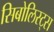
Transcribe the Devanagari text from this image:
सिबोलिस्ट्स